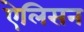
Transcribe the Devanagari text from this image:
ऐलिसन